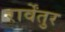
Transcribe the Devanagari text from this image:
रार्वेंतुर